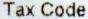
TAX CODE